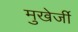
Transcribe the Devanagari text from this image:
मुखेर्जी